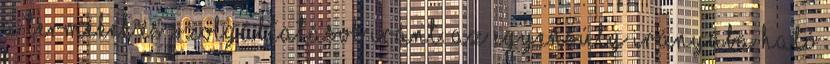
a termékek és szolgáltatások iránt. Az egyensúly irányába ható